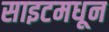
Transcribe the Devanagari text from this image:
साइटमधून